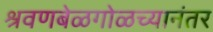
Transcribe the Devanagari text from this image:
श्रवणबेळगोळच्यानंतर